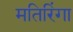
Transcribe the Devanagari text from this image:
मतिरिंगा